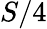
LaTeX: S/4